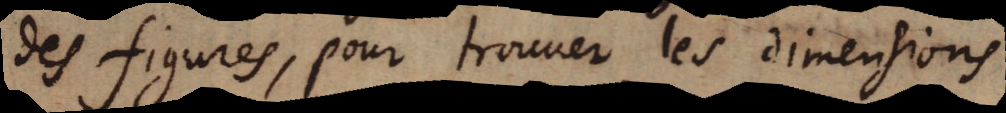
des figures, pour trouver les dimensions